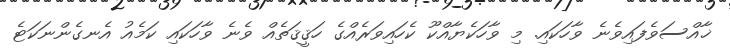
ޚާއްސަވެފައިވެނެ ވާހަކައި. މި ވާހަކެޔާއްކޫ ކެހައިވަރެއްގެ ހަޤީޤަތެއް ވެނެ ވާހަކައި ކަމެއު އެނގެންނަކަޓެ